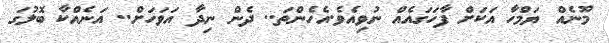
މޫނެއް ޔަމްހާ އަކަށް ފާހަގައެއް ނުވިއެވެ.އެހެންތަ.. ދެން ނިދާ އަވަހަށް.. އަނެއްކާ ބޮލުގަ